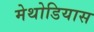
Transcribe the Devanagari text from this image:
मेथोडियास